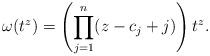
LaTeX: \begin{align*}\omega(t^z)=\left(\prod_{j=1}^{n} (z-c_j+j) \right) t^z.\end{align*}